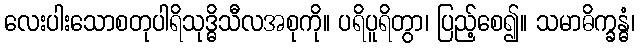
လေးပါးသောစတုပါရိသုဒ္ဓိသီလအစုကို။ ပရိပူရိတွာ၊ ပြည့်စေ၍။ သမာဓိက္ခန္ဓံ၊